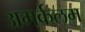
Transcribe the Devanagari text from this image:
अमर्कलम